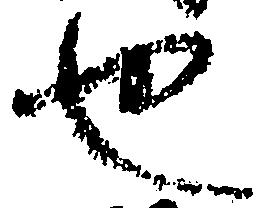
也